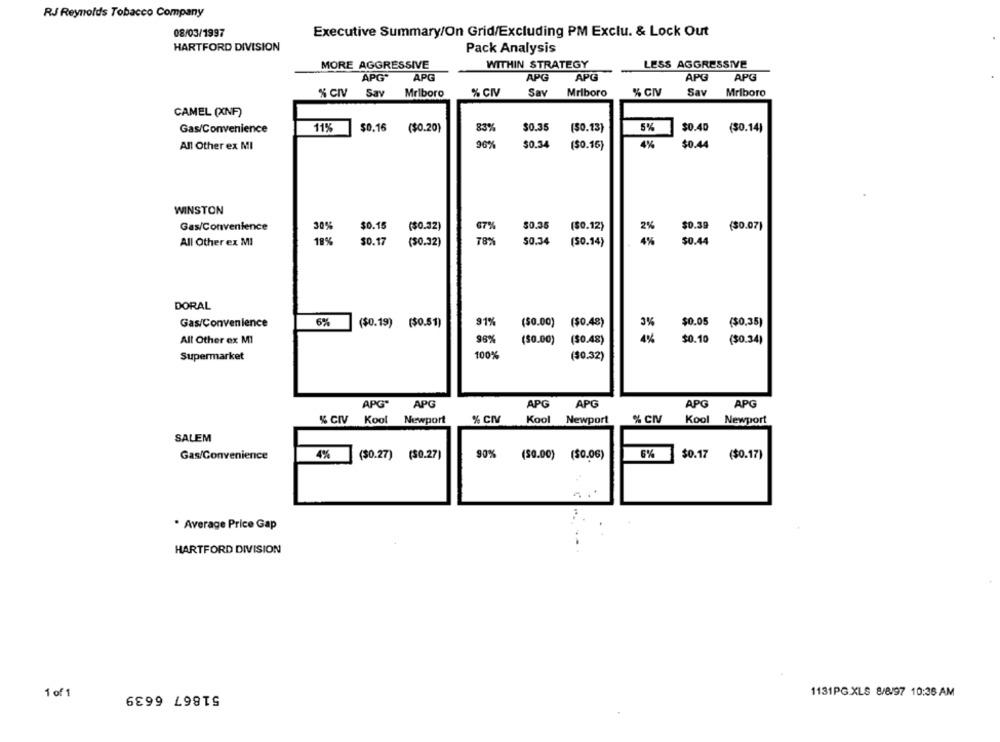
RJ Reynolds Tobacco Company
08/03/1997
Executive Summary/On Grid/Excluding PM Exclu. & Lock Out
HARTFORD DIVISION
Pack Analysis
MORE AGGRESSIVE
WITHIN STRATEGY
LESS AGGRESSIVE
APG"
APG
APG
APG
APG
APG
% CIV
Say
Mriboro
% CIV
Say
Mriboro
% CI
Sav
Mriboro
CAMEL (XNF)
$0.16
$0.35
5%
Gas/Convenience
11%
($0.20)
83%
($0.13}
$0.40
(30.14)
All Other ex MI
20%
$0.34
($0.16)
4%
$0.44
WINSTON
Gas/Convenience
30%
$0.15
($0.32)
67%
$0.35
($0.12)
2%
$0.39
($0.07)
All Other ex MI
18%
$0.17
(30.32)
78%
50.34
(50.14)
4%
$0.44
DORAL
91%
Gas/Convenience
6%
($0.19) ($0.51)
($0.00) ($0.48)
3%
$0.05
($0,35)
All Other ex MI
96%
(50.00)
($0.48)
4%
$0.10
(30.34)
Supermarket
100%
($0.32)
APG"
APG
APG
APG
APG
APG
% CIV
Kool
Newport
% CIV
Kool
Newport
% CIV
Kool Newport
SALEM
6%
Gas/Convenience
4%
($0.27) ($0.27)
90%
(50.00) ($0.06)
$0.17
($0.17)
* Average Price Gap
HARTFORD DIVISION
51867 6639
1 of 1
1131PG.XLS 8/8/97 10:36 AM